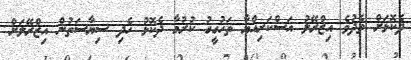
ދެކޮޅަށް ތެދުވެ އިޒްރޭލު އަސްކަރިއްޔާ ތަހުގީގު ކުރުމާ ދެކޮޅު ހެދި ސިޔާސަތުން އިޒްރޭލަށް